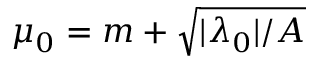
\mu _ { 0 } = m + \sqrt { | \lambda _ { 0 } | / A }